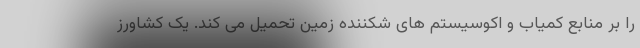
را بر منابع کمیاب و اکوسیستم های شکننده زمین تحمیل می کند. یک کشاورز